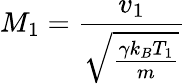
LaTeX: M_{1}=\frac{v_{1}}{\sqrt{\frac{\gamma k_{B}T_{1}}{m}}}